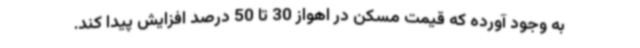
به وجود آورده که قیمت مسکن در اهواز 30 تا 50 درصد افزایش پیدا کند.